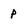
Character: p